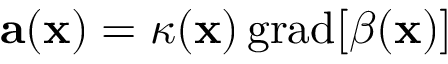
\mathbf { a } ( \mathbf { x } ) = \kappa ( \mathbf { x } ) \, \mathrm { g r a d } [ \beta ( \mathbf { x } ) ]